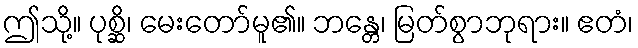
ဤသို့။ ပုစ္ဆိ၊ မေးတော်မူ၏။ ဘန္တေ၊ မြတ်စွာဘုရား။ ဧတံ၊